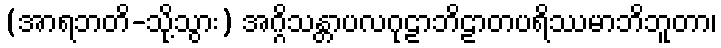
(အာရဘတိ-သို့သွား) အဂ္ဂိသန္တာပလဂုဠာဘိဠာတပရိဿမာဘိဘူတာ၊